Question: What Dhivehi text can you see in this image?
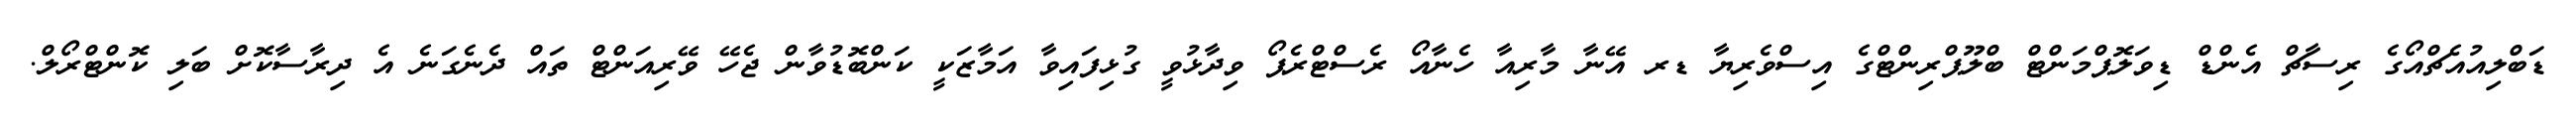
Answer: ޑަބްލިއުއެޗްއޯގެ ރިސާޗް އެންޑް ޑިވަލޮޕްމަންޓް ބްލޫޕްރިންޓްގެ އިސްވެރިޔާ ޑރ އޭނާ މާރިއާ ހެނާއޯ ރެސްޓްރެޕޯ ވިދާޅުވީ ގުޅިފައިވާ އަމާޒަކީ ކަންބޮޑުވާން ޖެހޭ ވޭރިއަންޓް ތައް ދެނެގަނެ އެ ދިރާސާކޮށް ބަލި ކޮންޓްރޯލް.